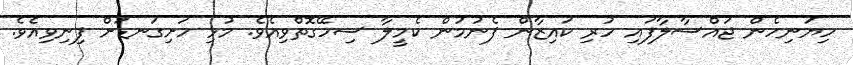
ހިޔަނިހެން ޖައްސާލާފައި ހުރި ކައިޒާން ފެނުމުން ކެމީލާ ސިހޭގޮތްވިއެވެ. މުޅި ހަށިގަނޑަށް ފިނިވިއެވެ.